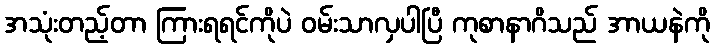
အသုံးတည့်တာ ကြားရရင်ကိုပဲ ဝမ်းသာလှပါပြီ ကုစာနာဂိသည် အာယနဲကို